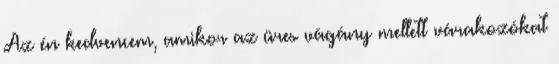
Az én kedvencem, amikor az üres vágány mellett várakozókat